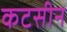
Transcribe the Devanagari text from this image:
कटसीन